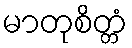
မာတုစိတ္တံ